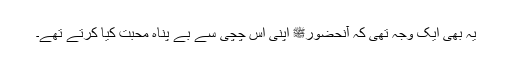
یہ بھی ایک وجہ تھی کہ آنحضورﷺ اپنی اس چچی سے بے پناہ محبت کیا کرتے تھے۔